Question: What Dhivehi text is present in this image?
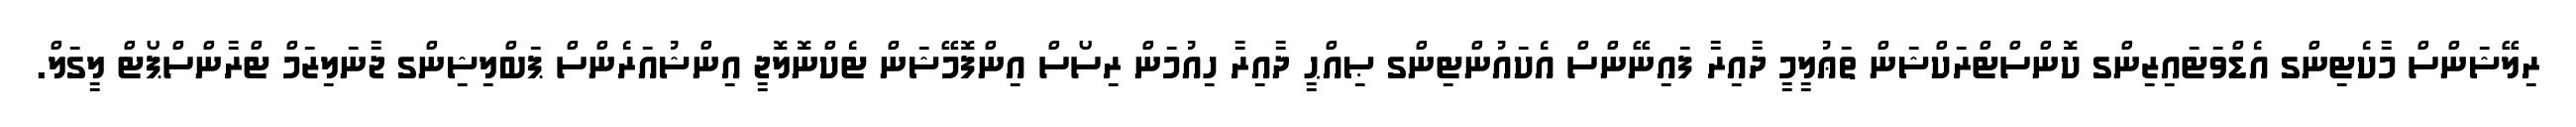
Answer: ރިލޭޝަންސް މާކެޓިންގ އެޑްވަޓައިޒިންގ ކޮންސްޓްރަކްޝަން ތަޢުލީމީ ދާއިރާ ފައިނޭންސް އެކައުންޓިންގ ޞިއްޙީ ދާއިރާ ހިއުމަން ރިސޯސް އިންފޮމޭޝަން ޓެކްނޮލޮޖީ އިންޝުއަރެންސް ޕަބްލިޝިންގ ޖާނަލިޒަމް ޓްރާންސްޕޯޓް ލީގަލް.